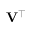
\mathbf { V } ^ { \top }